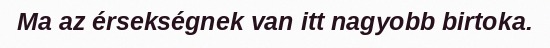
Ma az érsekségnek van itt nagyobb birtoka.